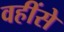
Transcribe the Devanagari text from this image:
वहींसे